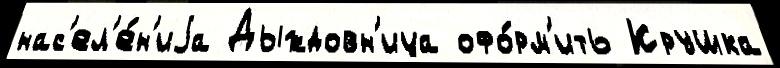
нас'ел'е́н'иjа Дыждовн'ица офо́рм'ить Крушка